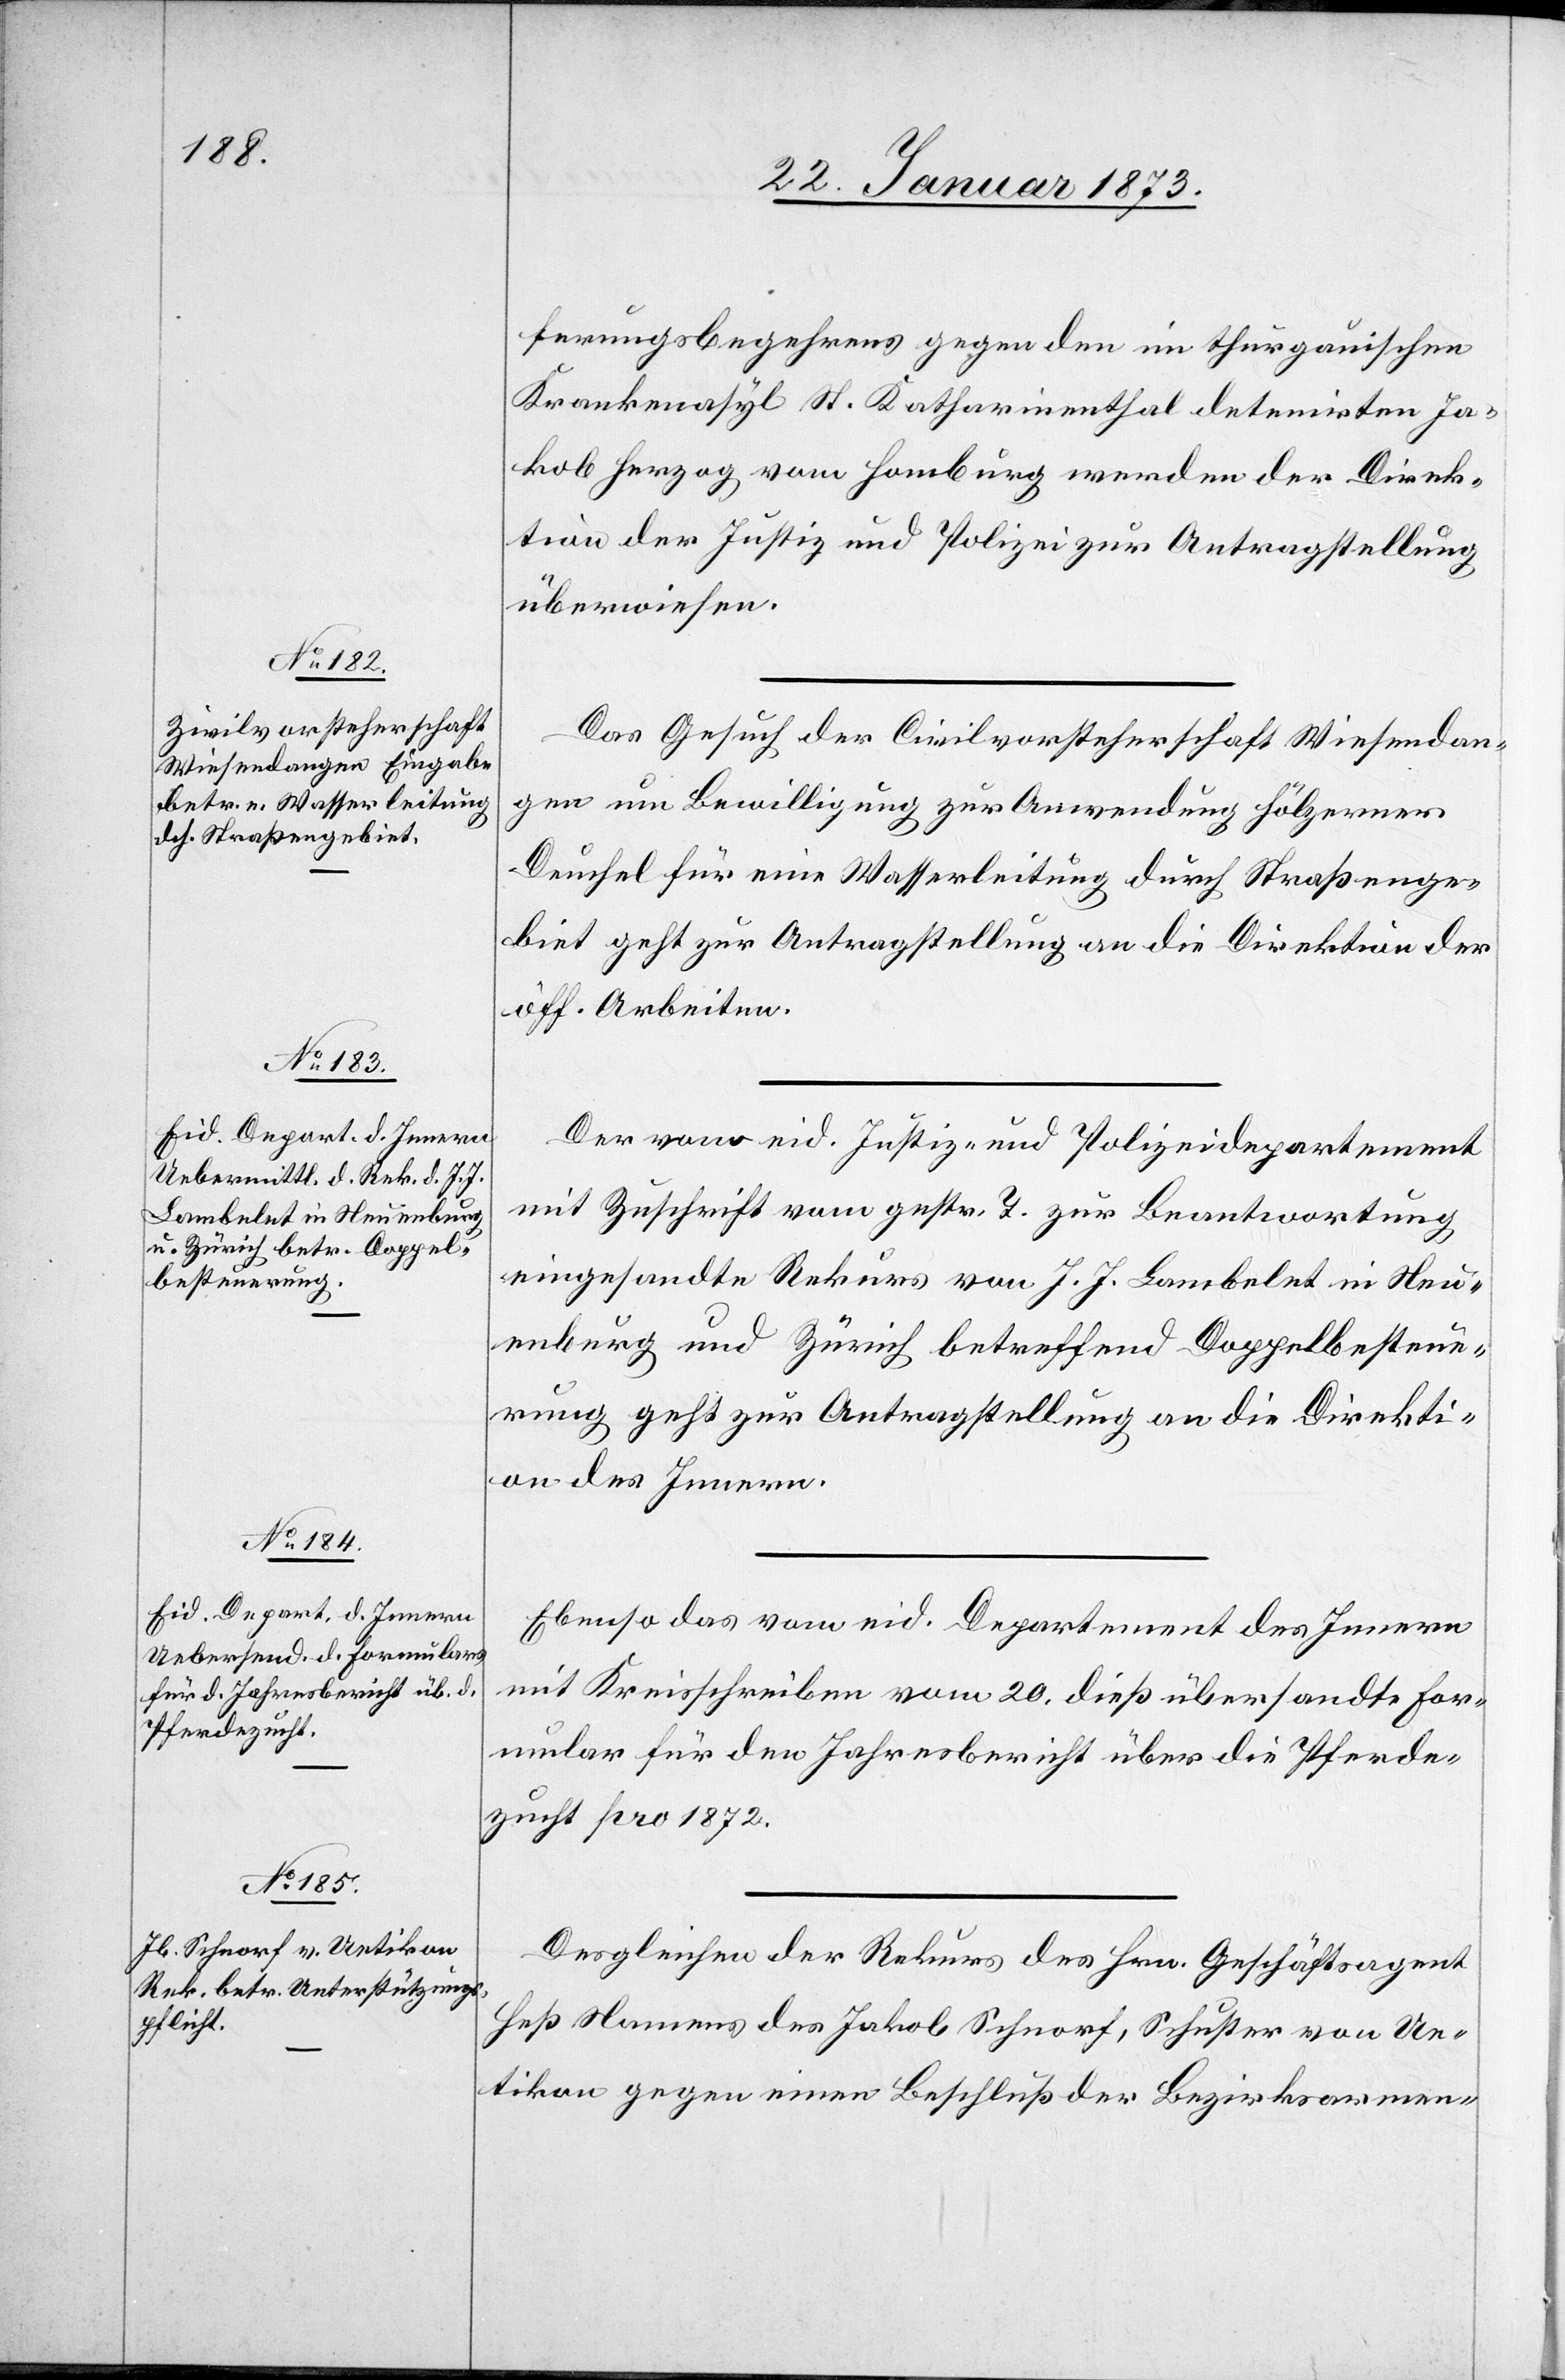
23. Januar 1873.]
ferungsbegehrens gegen den im thurgauischen
Krankenasyl St. Katharinenthal detenirten Ja¬
kob Herzog vom Homburg werden der Direk¬
tion der Justiz und Polizei zur Antragstellung
überweisen.
Das Gesuch der Civilvorsteherschaft Wiesendan¬
gen um Bewilligung zur Anwendung hölzerner
Deuchel für eine Wasserleitung durch Straßenge¬
biet geht zur Antragstellung an die Direktion der
Der vom eid. Justiz- und Polizeidepartement
mit Zuschrift vom gestr. T. zur Beantwortung
eingesandte Rekurs vom J. J. Lambelet in Neu¬
enburg und Zürich betreffend Doppelbesteue¬
rung geht zur Antragstellung an die Direkti¬
on des Innern.
Ebenso das vom eid. Departement des Innern
mit Kreisschreiben vom 20. dieß übersandte For¬
mular für den Jahresbericht über die Pferde¬
zucht pro 1872.
Desgleichen der Rekurs des Hrn. Geschäftsagent
Heß Namens des Jakob Schnorf, Schuster von Ue¬
tikon gegen einen Beschluß der Bezirksarmen-